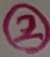
Text: 2